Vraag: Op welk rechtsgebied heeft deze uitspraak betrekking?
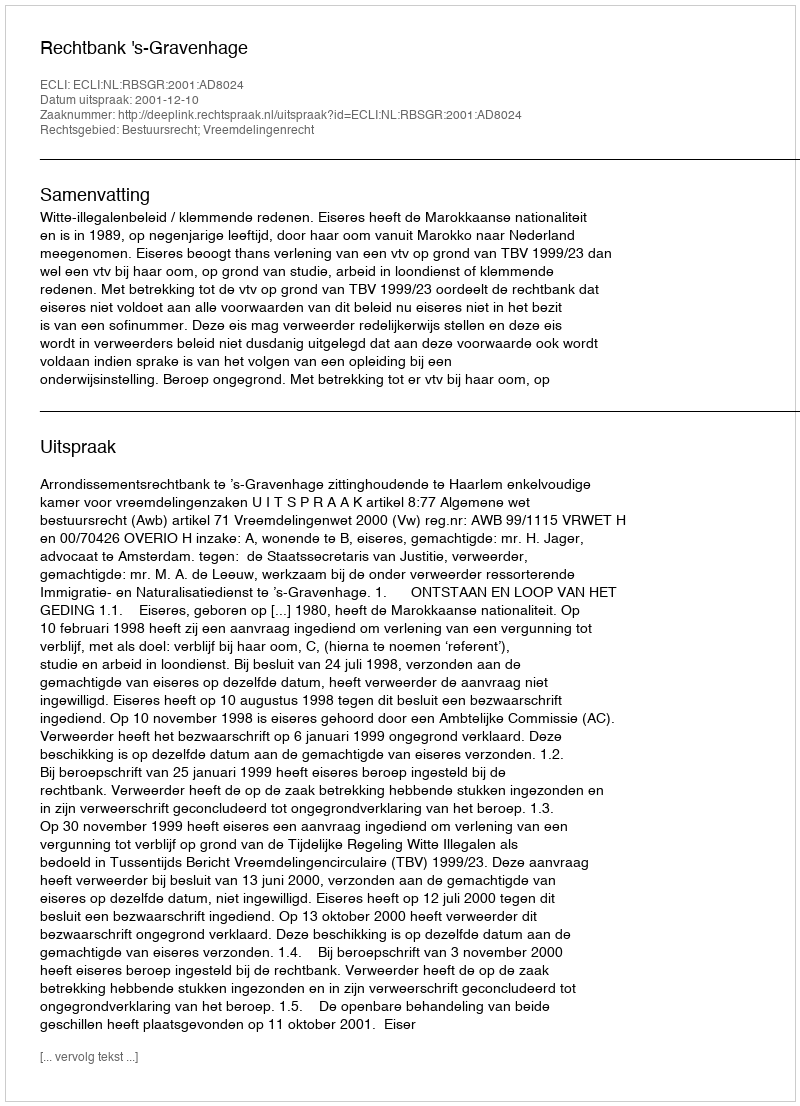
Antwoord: Bestuursrecht; Vreemdelingenrecht